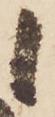
候